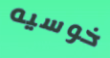
خوسيه